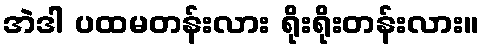
အဲဒါ ပထမတန်းလား ရိုးရိုးတန်းလား။